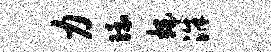
力环拍洙